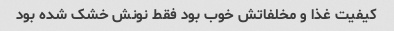
کیفیت غذا و مخلفاتش خوب بود فقط نونش خشک شده بود